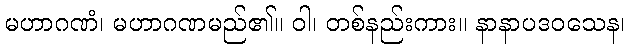
မဟာဂဏံ၊ မဟာဂဏမည်၏။ ဝါ၊ တစ်နည်းကား။ နာနာပဒဝသေန၊